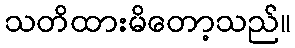
သတိထားမိတော့သည်။